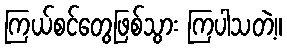
ကြယ်စင်တွေဖြစ်သွား ကြပါသတဲ့။